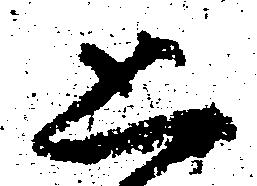
恐